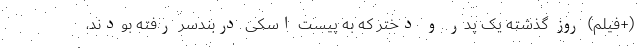
(+فیلم) روز گذشته یک پدر و دختر که به پیست اسکی دربندسر رفته بودند،